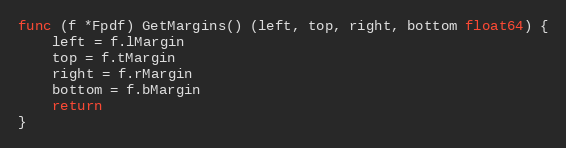
Language: Go
func (f *Fpdf) GetMargins() (left, top, right, bottom float64) {
	left = f.lMargin
	top = f.tMargin
	right = f.rMargin
	bottom = f.bMargin
	return
}